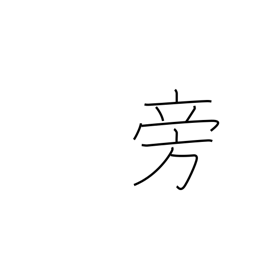
Meaning: at same time